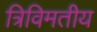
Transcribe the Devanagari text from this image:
त्रिविमतीय